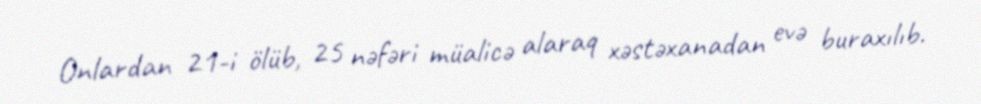
Onlardan 21-i ölüb, 25 nəfəri müalicə alaraq xəstəxanadan evə buraxılıb.